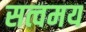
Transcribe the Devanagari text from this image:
सत्वमय